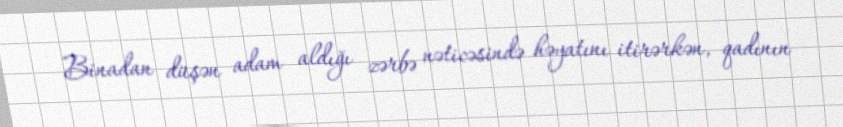
Binadan düşən adam aldığı zərbə nəticəsində həyatını itirərkən, qadının